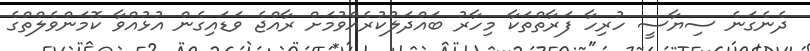
ދެނެގަނެ ސިޔާސީ ހުރިހާ ފަރާތްތަކާ މިހާރު ބައްދަލުކުރެއްވުމަށް ރާއްޖެ ވަޑައިގެން އުޅުއްވާ ކޮމަންވެލްތްގެ